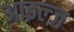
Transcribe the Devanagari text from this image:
आइल्ज़